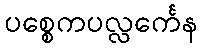
ပစ္စေကပလ္လင်္ကေန